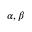
\alpha , \beta